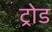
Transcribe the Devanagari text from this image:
ट्रोड